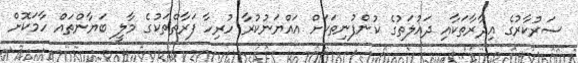
ސަރުކާރުގެ އިދާރާތަކާއި ދައުލަތުގެ ކުންފުނިތަކަށް އައްޔަނުކުރާ ހުރިހާ ފަރާތްތަކުގެ މާލީ ބަޔާންތައް ހާމަކޮށް